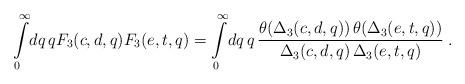
LaTeX: \begin{align*}\int\limits_0^{\infty} \!dq \, q F_3(c,d,q) F_3(e,t,q) =\int\limits_0^{\infty} \!dq \, q \,\frac{\theta(\Delta_3 (c,d,q))\,\theta(\Delta_3 (e,t,q))}{\Delta_3 (c,d,q) \, \Delta_3 (e,t,q)} \;.\end{align*}